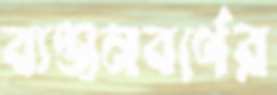
ব্যঞ্জনবর্ণের